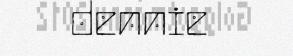
dennie